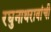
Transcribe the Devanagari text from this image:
रघुनाथरावांची